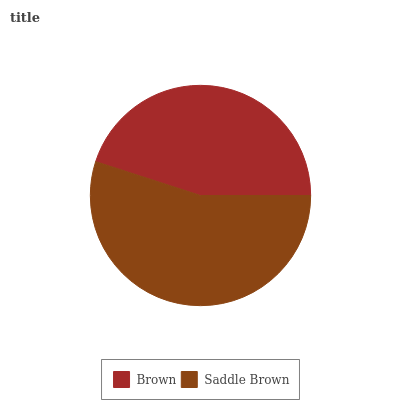
| Brown | Saddle Brown |
 | --- | --- |
 | 45.1% | 54.9% |